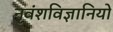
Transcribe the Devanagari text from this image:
नृवंशविज्ञानियों